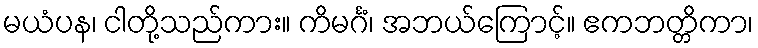
မယံပန၊ ငါတို့သည်ကား။ ကိမင်္ဂံ၊ အဘယ်ကြောင့်။ ဧကဘတ္တိကာ၊